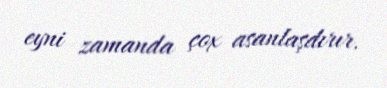
eyni zamanda çox asanlaşdırır.